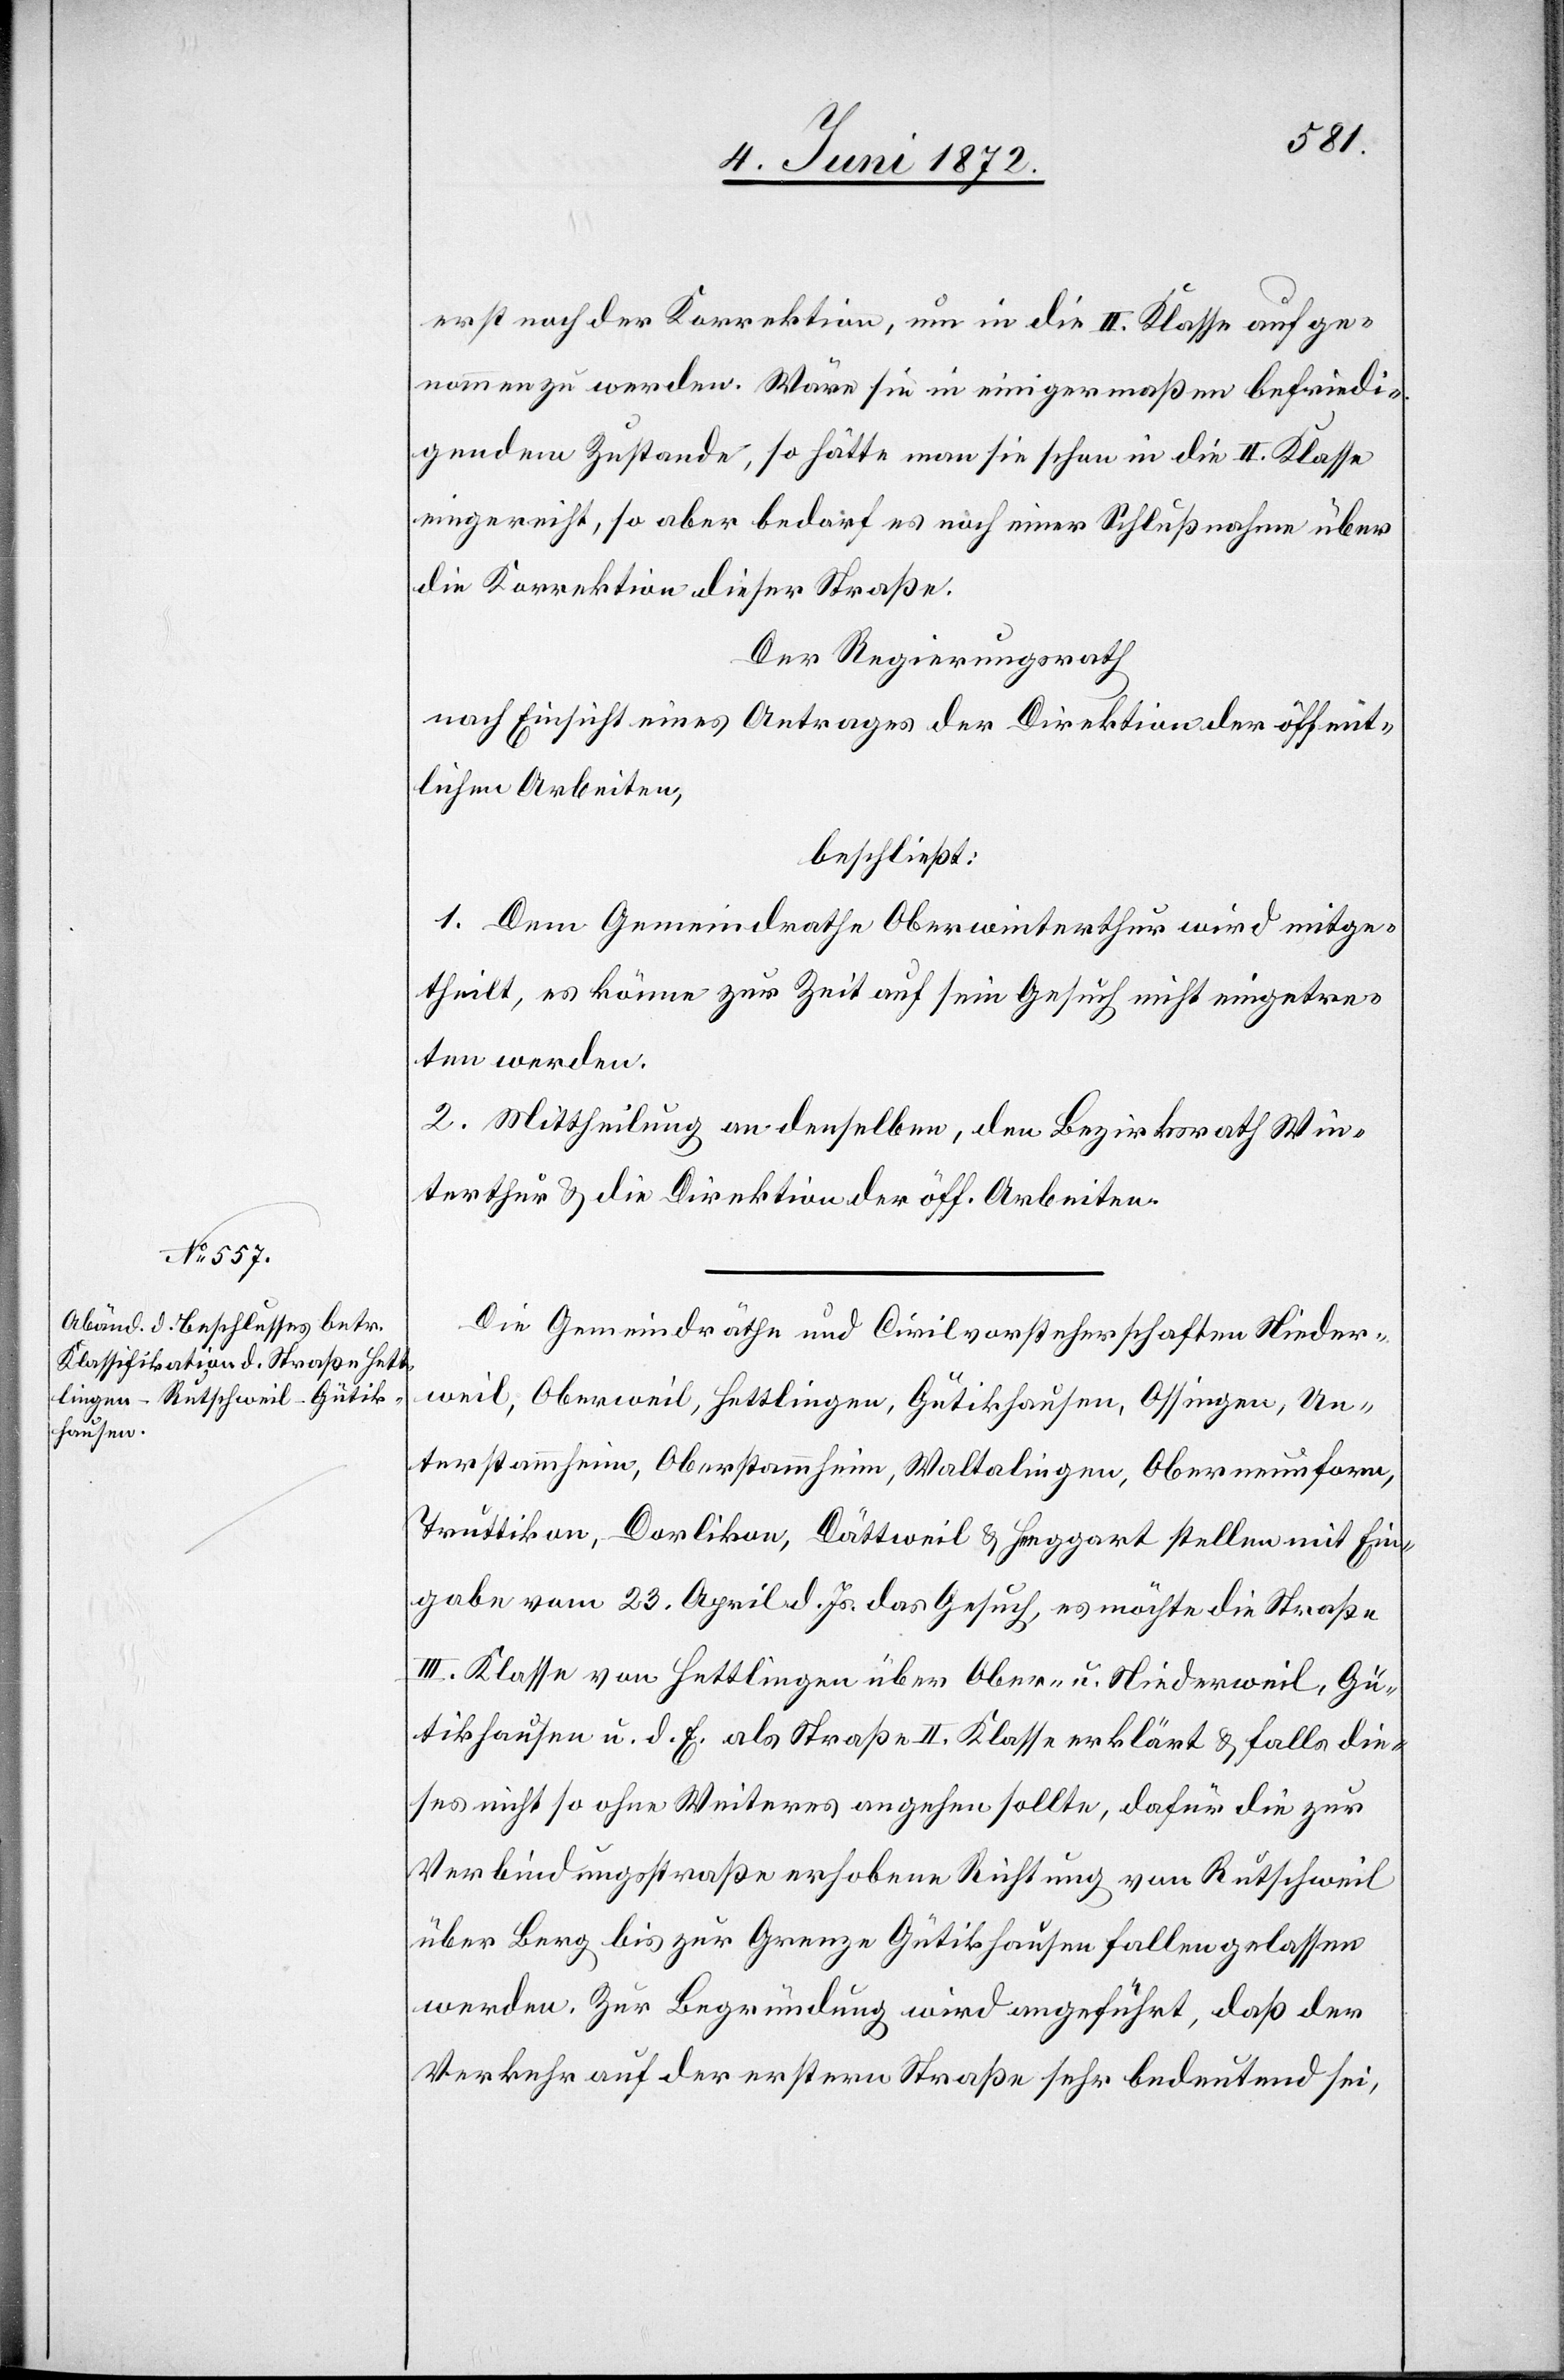
erst noch der Korrektion, um in die II. Klasse aufge¬
nommen zu werden. Wäre sie in einigermaßen befriedi¬
gendem Zustande, so hätte man sie schon die II. Klasse
eingereicht, so aber bedarf es noch einer Schlußnahme über
die Korrektion dieser Straße.
Der Regierungsrath
nach Einsicht eines Antrages der Direktion der öffent¬
lichen Arbeiten,
beschließt:
1. Dem Gemeindrathe Oberwinterthur wird mitge¬
theilt, es könne zur Zeit auf sein Gesuch nicht eingetre¬
ten werden.
2. Mittheilung an denselben, den Bezirksrath Win¬
terthur u. die Direktion der öff. Arbeiten.
Die Gemeindräthe und Civilvorsteherschaften Nieder¬
weil, Oberweil, Hettlingen, Gütikhausen, Ossingen, Un¬
terstammheim, Oberstammheim, Waltalingen, Oberneunforn,
Truttikon, Dorlikon, Dättweil u. Henggart stellen mit Ein¬
gabe vom 23. April d. Js. das Gesuch, es möchte die Straße
III. Klasse von Hettlingen über Ober- u. Niederweil, Gü¬
tikhausen u. d. E. als Straße II. Klasse erklärt u. falls die¬
ses nicht so ohne Weiteres angehen sollte, dafür die zur
Verbindungsstraße erhobene Richtung von Rutschweil
über Berg bis zur Grenze Gütikhausen fallen gelassen
werden. Zur Begründung wird angeführt, daß der
Verkehr auf der erstern Straße sehr bedeutend sei,